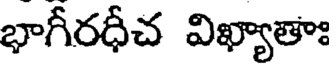
భాగీరధీచ విఖ్యాతాః